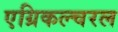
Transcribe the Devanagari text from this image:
एग्रिकल्चरल